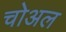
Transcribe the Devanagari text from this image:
चोअल